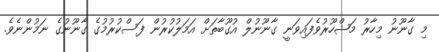
މި ގާނޫނު މިހާރު މަޝްހޫރުވެފައިވަނީ ގާނޫނުލް އުގޫބާތަށް އަމަލުކުރުން ފަސްކުރުމުގެ ގާނޫނުގެ ނަމުންނެވެ.